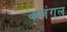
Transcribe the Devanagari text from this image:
कजंगल